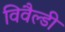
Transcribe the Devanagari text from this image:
विवैल्डी